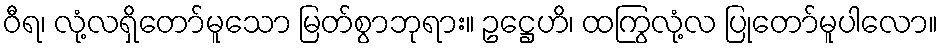
ဝီရ၊ လုံ့လရှိတော်မူသော မြတ်စွာဘုရား။ ဥဋ္ဌေဟိ၊ ထကြွလုံ့လ ပြုတော်မူပါလော။